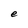
Character: e